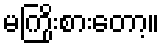
မကြိုးစားတော့။